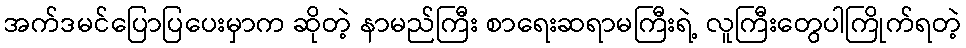
အက်ဒမင်ပြောပြပေးမှာက ဆိုတဲ့ နာမည်ကြီး စာရေးဆရာမကြီးရဲ့ လူကြီးတွေပါကြိုက်ရတဲ့